Document type: Community of property
Year: 1312
Scribe: Pere Amorós
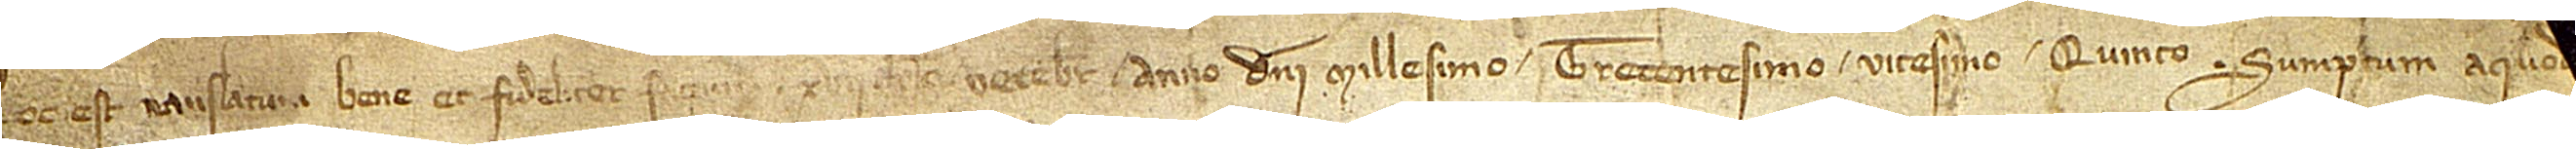
Hoc est translatum bene et fideliter factum XVII kalendas decembris, anno Domini millesimo trecentesimo vicesimo quinto sumptum a quod[am instrumento] [...]: